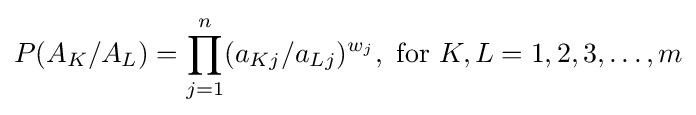
P(A_{K}/A_{L})=\prod _{j=1}^{n}(a_{Kj}/a_{Lj})^{w_{j}},{\text{ for }}K,L=1,2,3,\dots ,m